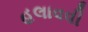
હલાવવી